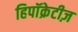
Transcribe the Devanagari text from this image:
हिपॉक्रेटीज़